Report of the King Institute of Preventive Medicine, Guindy
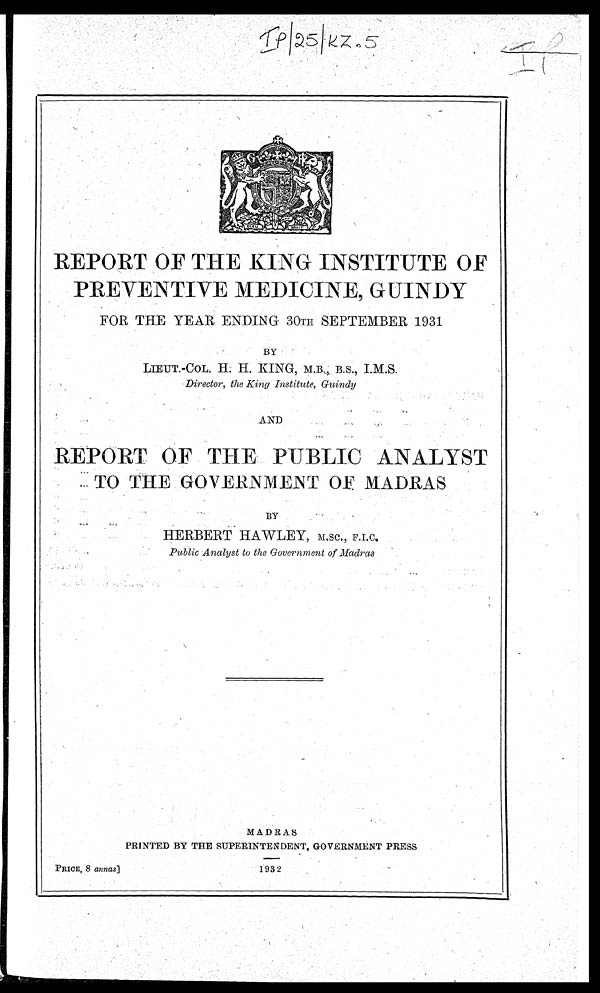
IP/2
5/KZ.5
IP
REPORT OF THE KING INSTITUTE OF
PREVENTIVE MEDICINE, GUINDY
FOR THE YEAR ENDING 30TH SEPTEMBER 1931
BY
LIEUT.-COL. H. H. KING, M.B., B.S., I.M.S.
Director, the King Institute, Guindy
AND
REPORT OF THE PUBLIC ANALYST
TO THE GOVERNMENT OF MADRAS
BY
HERBERT HAWLEY, M
.SC., F.I.C.
Public Analyst to the Government of Madras
MADRAS
PRINTED BY THE SUPERINTENDENT, GOVERNMENT PRESS
PRICE, 8 annas ]
1932
IP/2